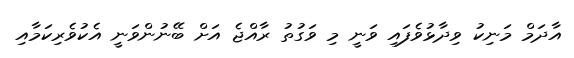
އާދަމް މަނިކު ވިދާޅުވެފައި ވަނީ މި ވަގުތު ރާއްޖެ އަށް ބޭނުންވަނީ އެކުވެރިކަމާއި